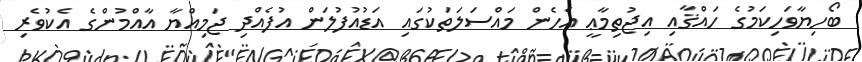
ބޯހިޔާވަހިކަމުގެ ހައްޤާއި އިޖުތިމާޢީ އެހެން މައްސަލަތަކުގައި އަޑުއުފުލަން އުފެއްދި ޖަމިއްޔާ އާއްމުންގެ އެކުވެރި